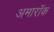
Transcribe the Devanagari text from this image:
अमारॉक